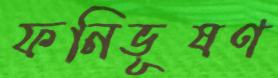
ফনিভূষণ